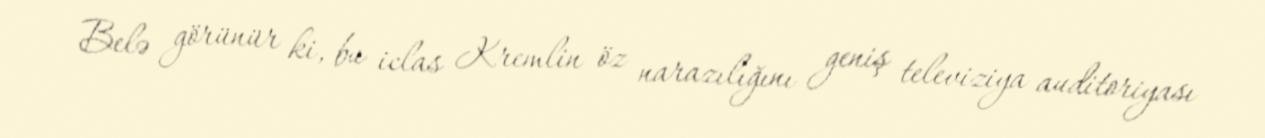
Belə görünür ki, bu iclas Kremlin öz narazılığını geniş televiziya auditoriyası